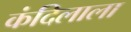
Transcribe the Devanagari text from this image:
कंदिलाला